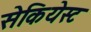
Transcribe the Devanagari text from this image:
सेकियेस्ट